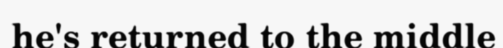
he's returned to the middle